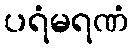
ပရံမရဏံ